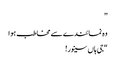
”
وہ نمائندے سے مخاطب ہوا
“جی ہاں سینور!